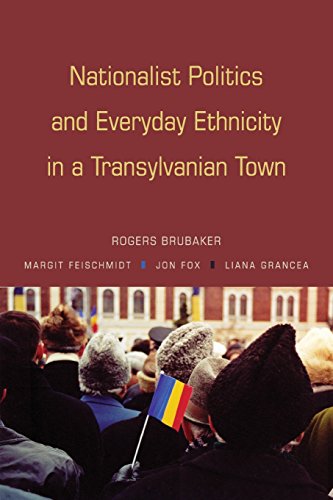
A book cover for Nationalist Politics and Everyday Ethnicity in a Transylvanian Town; Rogers Brubaker; History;